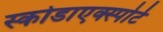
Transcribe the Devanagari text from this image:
स्कोडाएक्स्पोर्ट